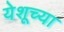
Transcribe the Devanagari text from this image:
येशूच्‍या